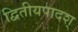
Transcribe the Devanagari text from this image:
द्वितीयपादश्